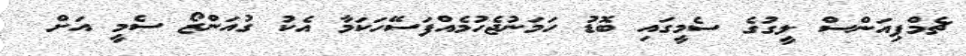
ޗެމްޕިއަންސް ލީގުގެ ސެމީގައި ބޮޑު ހަމަނުޖެހުމެއްފަސޭހަކަމާ އެކު ގުއަންޒޯ ސެމީ އަށް